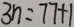
3 n = 7 7 + 1